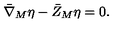
{ \bar { \nabla } } _ { M } \eta - { \bar { Z } } _ { M } \eta = 0 .